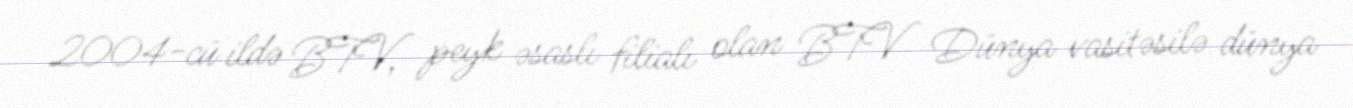
2004-cü ildə BTV, peyk əsaslı filialı olan BTV Dünya vasitəsilə dünya